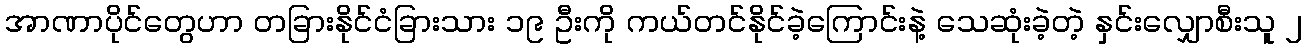
အာဏာပိုင်တွေဟာ တခြားနိုင်ငံခြားသား ၁၉ ဦးကို ကယ်တင်နိုင်ခဲ့ကြောင်းနဲ့ သေဆုံးခဲ့တဲ့ နှင်းလျှောစီးသူ ၂